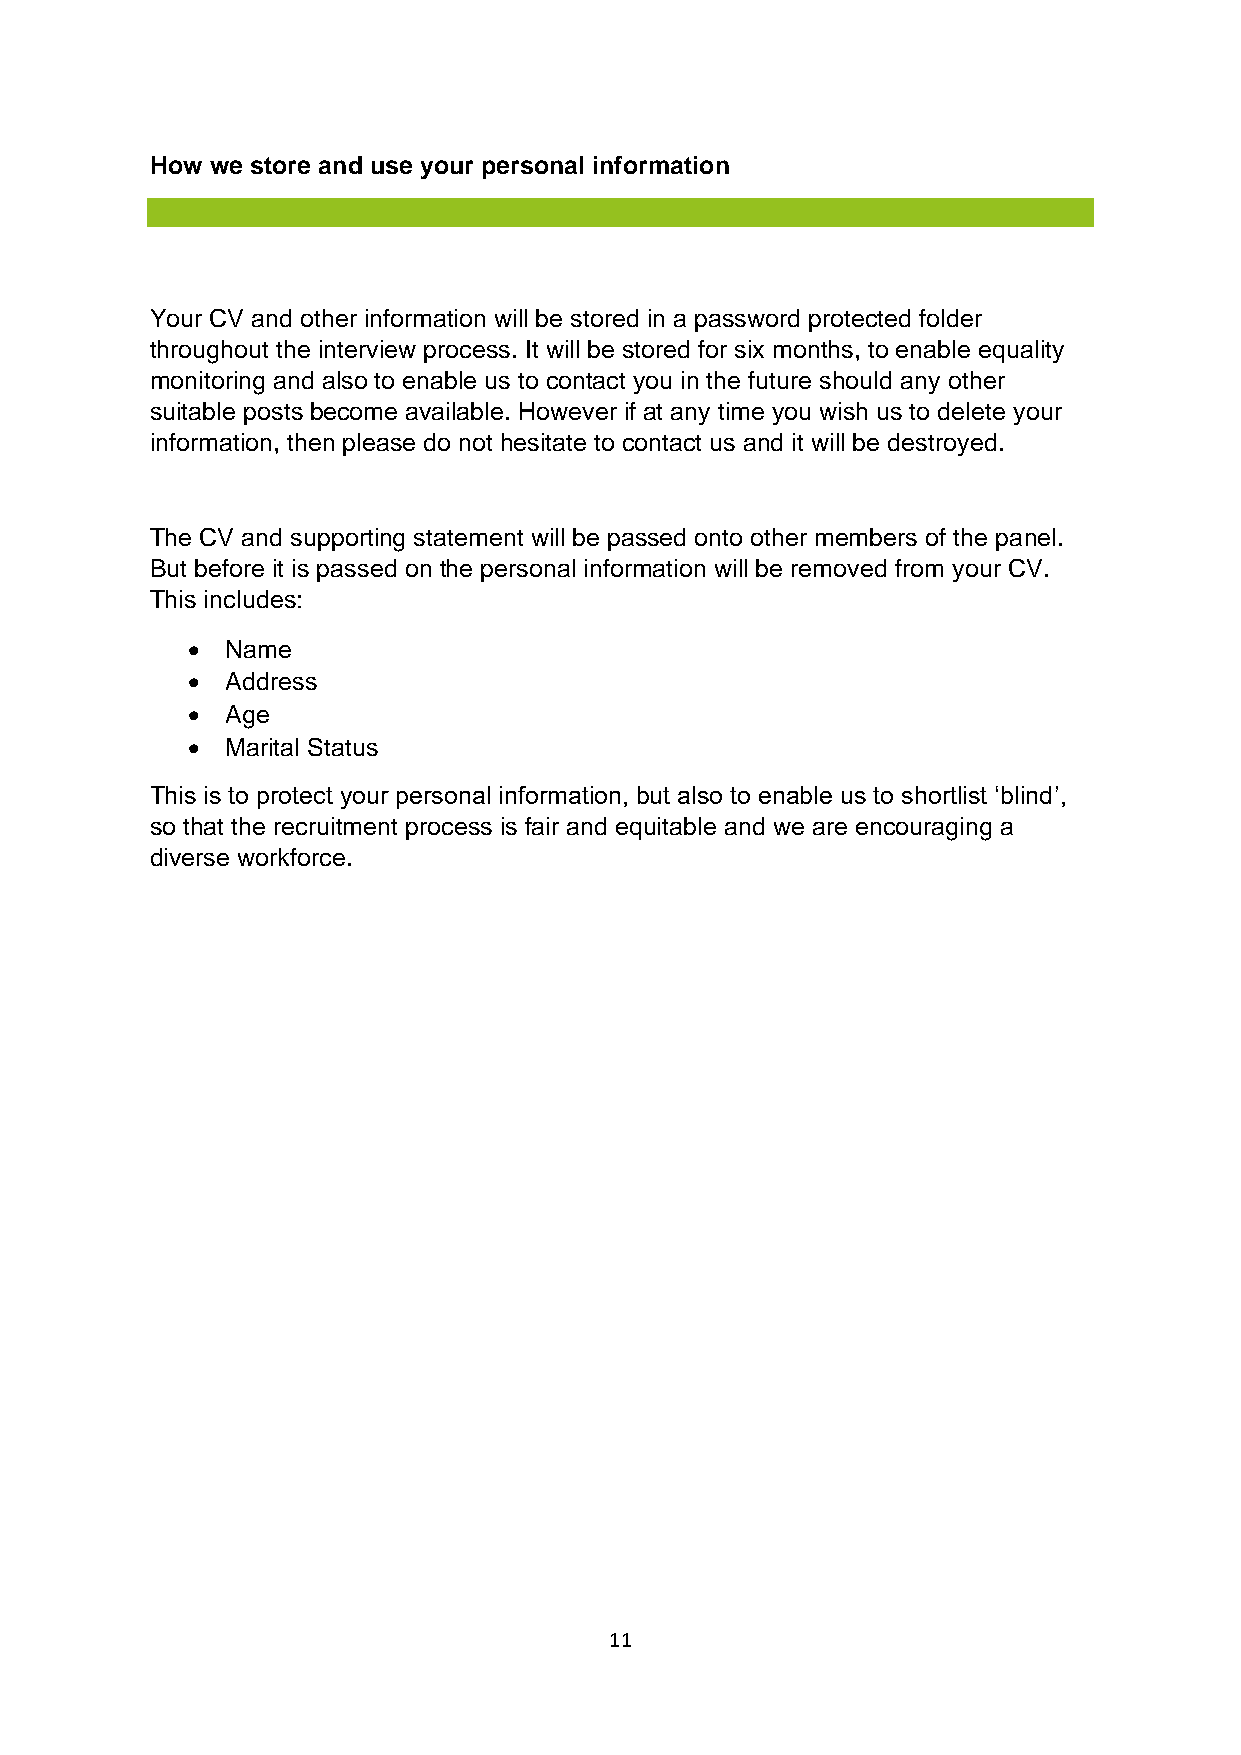
How we store and use your personal information
 Your CV and other information will be stored in a password protected folder
 throughout the interview process. It will be stored for six months, to enable equality
 monitoring and also to enable us to contact you in the future should any other
 suitable posts become available. However if at any time you wish us to delete your
 information, then please do not hesitate to contact us and it will be destroyed.
 The CV and supporting statement will be passed onto other members of the panel.
 But before it is passed on the personal information will be removed from your CV.
 This includes:
 •  Name
 •  Address
 •  Age
 •  Marital Status
 This is to protect your personal information, but also to enable us to shortlist ‘blind’,
 so that the recruitment process is fair and equitable and we are encouraging a
 diverse workforce.
 11